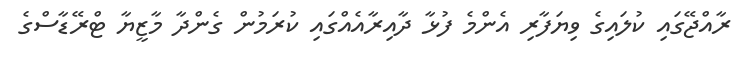
ރާއްޖޭގައި ކުލައިގެ ވިޔަފާރި އެންމެ ފުޅާ ދާއިރާއެއްގައި ކުރަމުން ގެންދާ މާޒީޔާ ޓްރޭޑާސްގެ